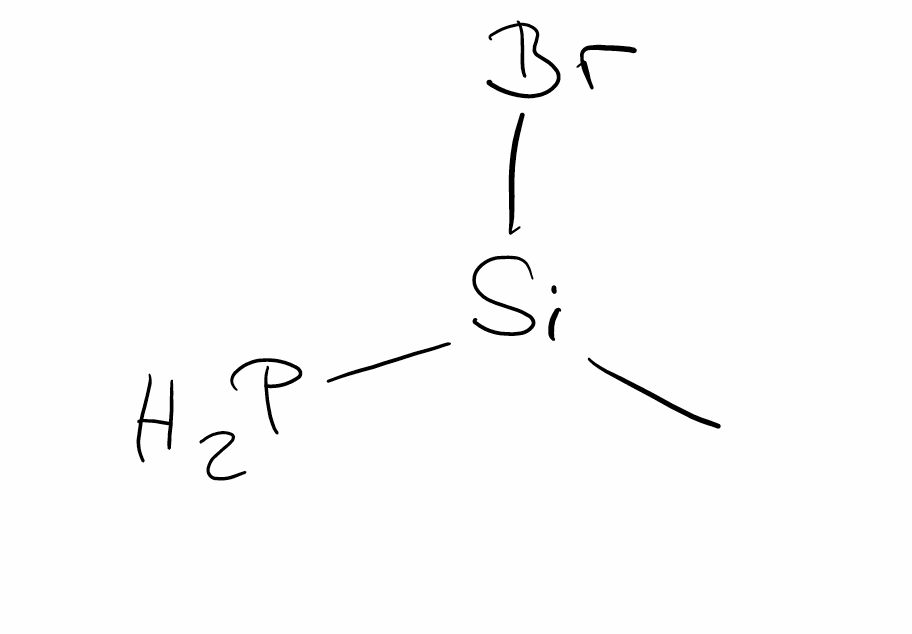
Simplified molecular-input line-entry system (SMILES) notation of the given molecule:
C[Si](P)Br